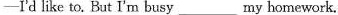
---I'd like to. But I'm busy _____ my homework.